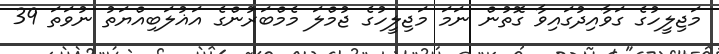
މަޖިލީހުގެ ގަވާއިދުގައިވާ ގޮތުން ނަމަ މަޖިލީހުގެ ޖުމްލަ މެމްބަރުންގެ އަޣުލަބިއްޔަތު ނުވަތަ 39